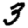
Digit: 3